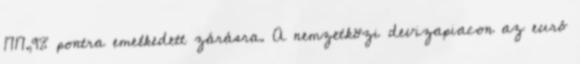
1717,98 pontra emelkedett zárásra. A nemzetközi devizapiacon az euró